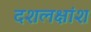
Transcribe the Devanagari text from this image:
दशलक्षांश